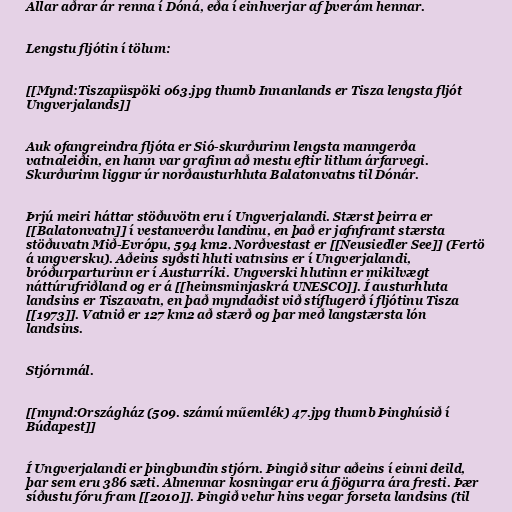
Allar aðrar ár renna í Dóná, eða í einhverjar af þverám hennar.

Lengstu fljótin í tölum:

[[Mynd:Tiszapüspöki 063.jpg thumb Innanlands er Tisza lengsta fljót
Ungverjalands]]

Auk ofangreindra fljóta er Sió-skurðurinn lengsta manngerða
vatnaleiðin, en hann var grafinn að mestu eftir litlum árfarvegi.
Skurðurinn liggur úr norðausturhluta Balatonvatns til Dónár.

Þrjú meiri háttar stöðuvötn eru í Ungverjalandi. Stærst þeirra er
[[Balatonvatn]] í vestanverðu landinu, en það er jafnframt stærsta
stöðuvatn Mið-Evrópu, 594 km2. Norðvestast er [[Neusiedler See]] (Fertö
á ungversku). Aðeins syðsti hluti vatnsins er í Ungverjalandi,
bróðurparturinn er í Austurríki. Ungverski hlutinn er mikilvægt
náttúrufriðland og er á [[heimsminjaskrá UNESCO]]. Í austurhluta
landsins er Tiszavatn, en það myndaðist við stíflugerð í fljótinu Tisza
[[1973]]. Vatnið er 127 km2 að stærð og þar með langstærsta lón
landsins.

Stjórnmál.

[[mynd:Országház (509. számú műemlék) 47.jpg thumb Þinghúsið í
Búdapest]]

Í Ungverjalandi er þingbundin stjórn. Þingið situr aðeins í einni deild,
þar sem eru 386 sæti. Almennar kosningar eru á fjögurra ára fresti. Þær
síðustu fóru fram [[2010]]. Þingið velur hins vegar forseta landsins (til